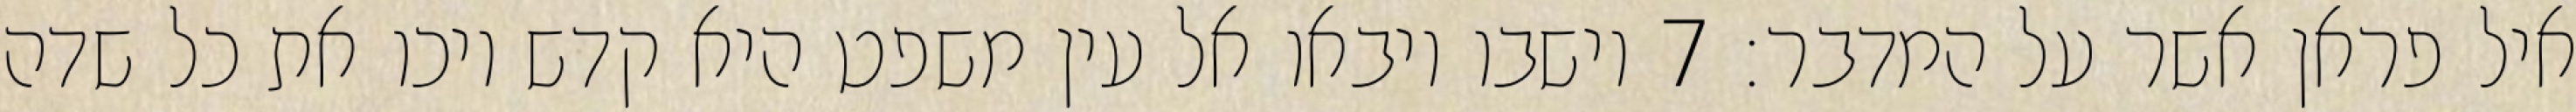
איל פראן אשר על המדבר׃ ‎7‏ וישבו ויבאו אל עין משפט היא קדש ויכו את כל שדה